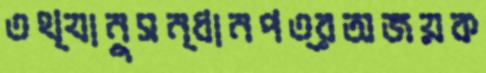
তথ্যানুসন্ধানপত্রঅজয়ক